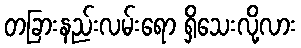
တခြားနည်းလမ်းရော ရှိသေးလို့လား